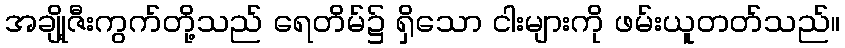
အချို့ဇီးကွက်တို့သည် ရေတိမ်၌ ရှိသော ငါးများကို ဖမ်းယူတတ်သည်။